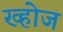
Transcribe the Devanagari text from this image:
ख्होज